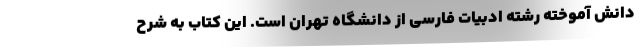
دانش آموخته رشته ادبیات فارسی از دانشگاه تهران است. این کتاب به شرح